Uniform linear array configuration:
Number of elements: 4
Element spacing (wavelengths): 0.75
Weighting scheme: hann
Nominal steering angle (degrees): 0
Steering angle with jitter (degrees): -0.2313
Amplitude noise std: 0.05
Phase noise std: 0.05

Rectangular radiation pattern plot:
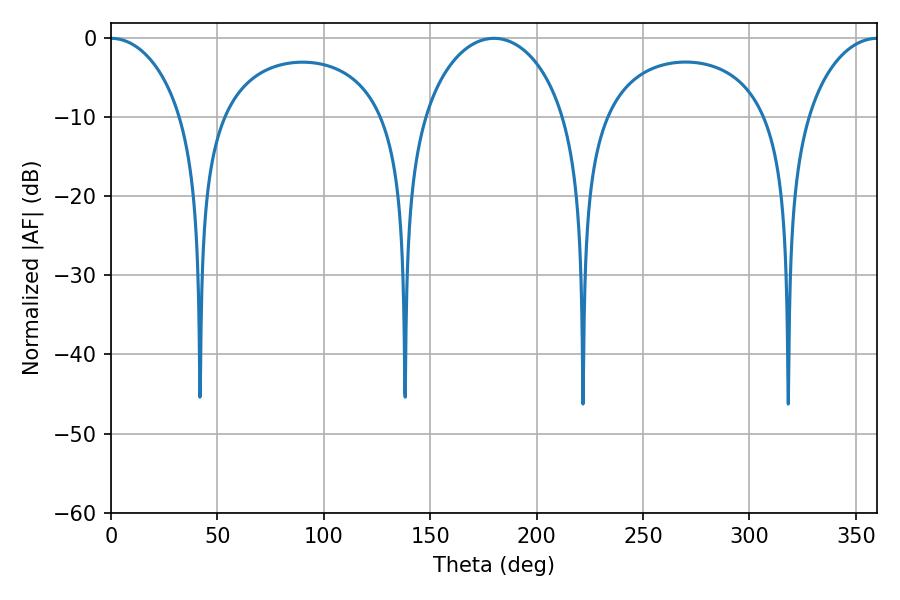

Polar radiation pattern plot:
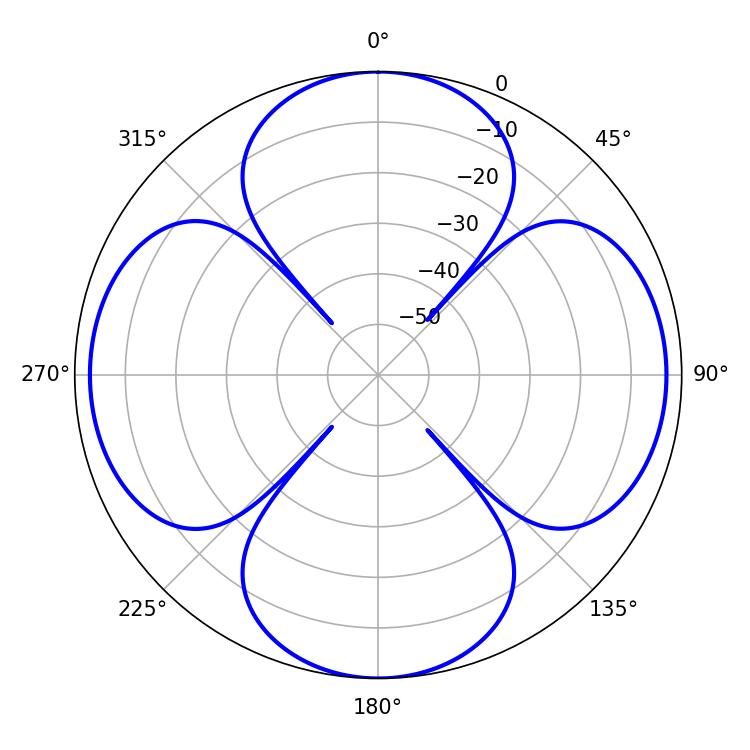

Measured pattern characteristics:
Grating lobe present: TRUE
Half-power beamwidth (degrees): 19.44
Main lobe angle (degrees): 360